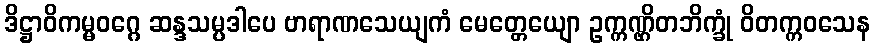
ဒိဋ္ဌာဝိကမ္မဝဂ္ဂေ ဆန္ဒသမ္ပဒါပေ ဗာရာဏသေယျကံ မေတ္တေယျော ဥက္ကဏ္ဌိတဘိက္ခုံ ဝိတက္ကဝသေန